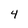
Character: 4